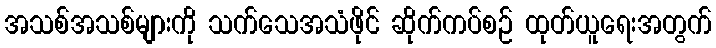
အသစ်အသစ်များကို သက်သေအသံဖိုင် ဆိုက်ကပ်စဉ် ထုတ်ယူရေးအတွက်